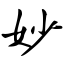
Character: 妙